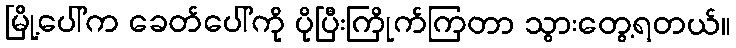
မြို့ပေါ်က ခေတ်ပေါ်ကို ပိုပြီးကြိုက်ကြတာ သွားတွေ့ရတယ်။